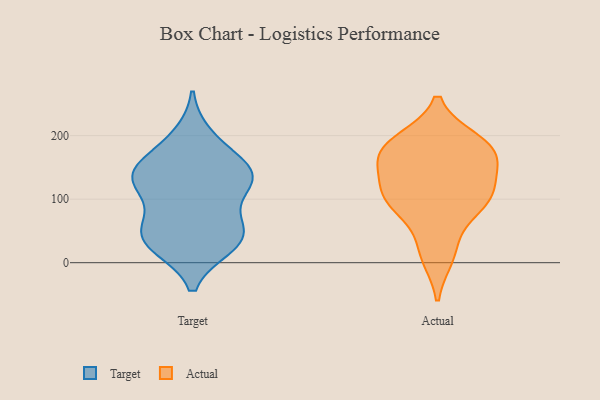
{"axis": {"x": "Energy Usage (MWh)", "y": "Value"}, "legend": ["Actual", "Target"], "data": [{"x": "", "y": 42, "type": "Target"}, {"x": "", "y": 135, "type": "Target"}, {"x": "", "y": 198, "type": "Target"}, {"x": "", "y": 119, "type": "Target"}, {"x": "", "y": 136, "type": "Target"}, {"x": "", "y": 53, "type": "Target"}, {"x": "", "y": 134, "type": "Target"}, {"x": "", "y": 138, "type": "Target"}, {"x": "", "y": 173, "type": "Target"}, {"x": "", "y": 27, "type": "Target"}, {"x": "", "y": 27, "type": "Target"}, {"x": "", "y": 64, "type": "Target"}, {"x": "", "y": 43, "type": "Target"}, {"x": "", "y": 134, "type": "Target"}, {"x": "", "y": 102, "type": "Actual"}, {"x": "", "y": 178, "type": "Actual"}, {"x": "", "y": 177, "type": "Actual"}, {"x": "", "y": 84, "type": "Actual"}, {"x": "", "y": 158, "type": "Actual"}, {"x": "", "y": 22, "type": "Actual"}, {"x": "", "y": 169, "type": "Actual"}, {"x": "", "y": 111, "type": "Actual"}, {"x": "", "y": 159, "type": "Actual"}, {"x": "", "y": 191, "type": "Actual"}, {"x": "", "y": 115, "type": "Actual"}, {"x": "", "y": 189, "type": "Actual"}, {"x": "", "y": 11, "type": "Actual"}, {"x": "", "y": 101, "type": "Actual"}, {"x": "", "y": 97, "type": "Actual"}]}